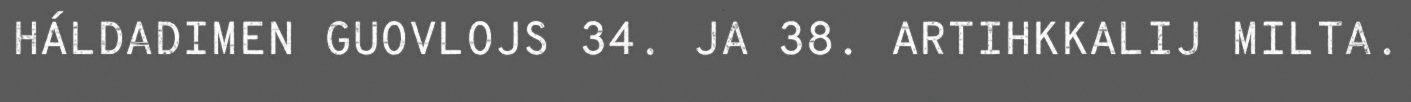
HÁLDADIMEN GUOVLOJS 34. JA 38. ARTIHKKALIJ MILTA.